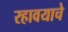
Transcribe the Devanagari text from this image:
रहावयाचे